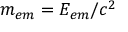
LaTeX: m _ { e m } = E _ { e m } / c ^ { 2 }